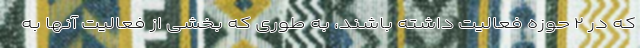
که در ۲ حوزه فعالیت داشته باشند، به طوری که بخشی از فعالیت آنها به